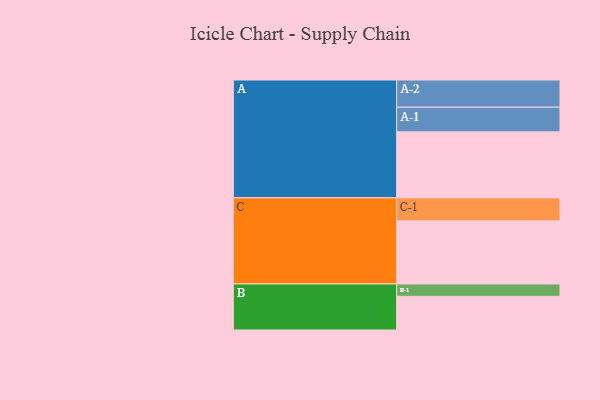
{"axis": {"x": "Segment", "y": "Value"}, "legend": ["", "A", "B", "C"], "data": [{"x": "A", "y": 599, "type": ""}, {"x": "B", "y": 306, "type": ""}, {"x": "C", "y": 573, "type": ""}, {"x": "A-1", "y": 224, "type": "A"}, {"x": "A-2", "y": 247, "type": "A"}, {"x": "B-1", "y": 112, "type": "B"}, {"x": "C-1", "y": 209, "type": "C"}]}